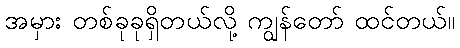
အမှား တစ်ခုခုရှိတယ်လို့ ကျွန်တော် ထင်တယ်။